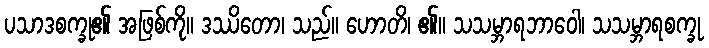
ပသာဒစက္ခု၏ အဖြစ်ကို။ ဒဿိတော၊ သည်။ ဟောတိ၊ ၏။ သသမ္ဘာရဘာဝေါ၊ သသမ္ဘာရစက္ခု